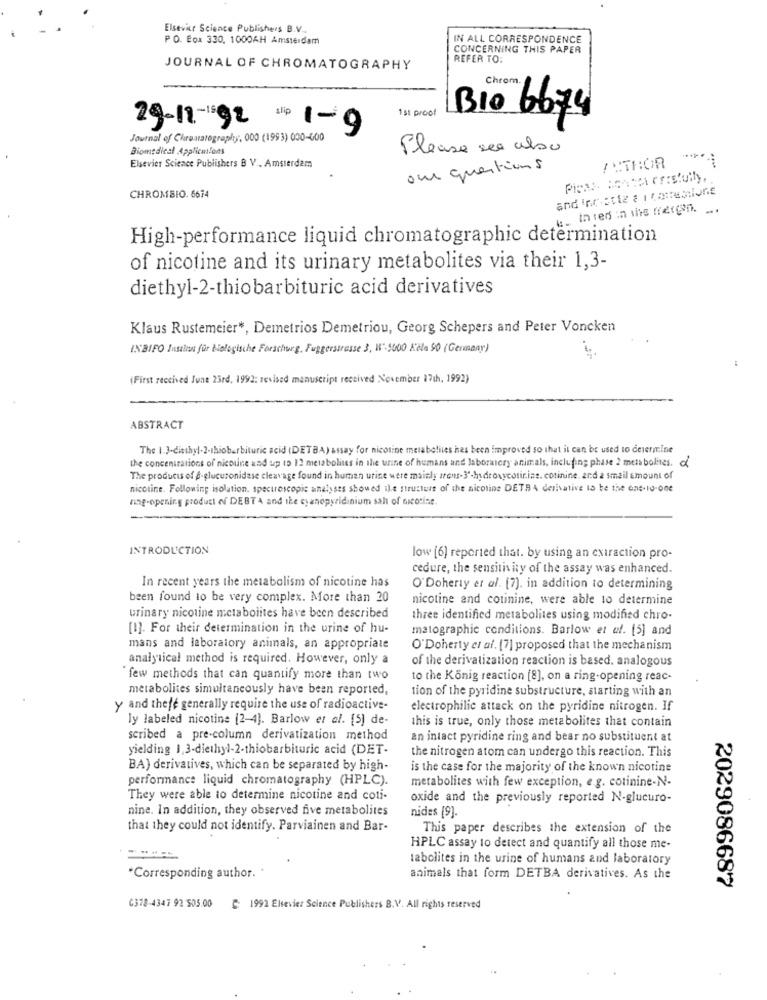
Elsevier Science Publishers B.V ..
PO. Box 330, 1000AH Amsterdam
IN ALL CORRESPONDENCE
CONCERNING THIS PAPER
REFER TO:
JOURNAL OF CHROMATOGRAPHY
Chrom.
1st proof
Bio 6674
29-11 - 1592
Slip 1-9
Journal of Chromatography, 000 (1993) 000-600
Biomedical Applications
Please see also
/ MTBOR
Elsevier Science Publishers B V .. Amsterdam
our questions
CHROMBIO. 6674
ost- Inter in the mergen. .
High-performance liquid chromatographic determination
of nicotine and its urinary metabolites via their 1,3-
diethyl-2-thiobarbituric acid derivatives
Klaus Rustemeier *, Demetrios Demetriou, Georg Schepers and Peter Voncken
INBIFO Institut für biologische Forschung, Fuggerstrasse 3, H"-5000 Kčla 90 (Germany)
(First received June 23rd, 1992: revised manuscript received November 17th, 1992)
ABSTRACT
The 1.3.diethyl.2-thiobarbituric acid (DETBA) assay for nicotine metabolites has been improved so that it can be used to determine
the concentrations of nicoline and up 19 12 metabolites in the urine of humans and laboratory animals, including phase 2 meta bolites. of
The products of @-glucuronidase cleavage found in human utine were mainly irons- 3'-hydroxycotirins. cotinine. and a small amount of
nicotine. Following isolation. spectroscopie analyses showed ile structure of the nicotine DETR A derivative to be the one-10-one
ning-opening product of DEBT A and the cyanopyridinium sall of nicotine.
--
INTRODUCTION
low [6] reported that. by using an extraction pro-
cedure, the sensitivity of the assay was enhanced.
In recent years the metabolism of nicotine has
O'Doherty et al. [7]. in addition to determining
been found to be very complex. More than 20
nicotine and cotinine, were able to determine
urinary nicotine metabolites have been described
three identified metabolites using modified chro-
[1]. For their determination in the urine of hu-
matographie conditions. Barlow et al. [5] and
mans and laboratory animals, an appropriate
O'Doherty et af. [7] proposed that the mechanism
analytical method is required. However, only a
of the derivatization reaction is based, analogous
"few methods that can quantify more than two
to the Konig reaction [8], on a ring-opening reac-
metabolites simultaneously have been reported,
tion of the pyridine substructure, starting with an
y and thefe generally require the use of radioactive-
electrophilic attack on the pyridine nitrogen. If
ly labeled nicotine [2-4]. Barlow et al. [5] de-
this is true, only those metabolites that contain
scribed a pre-column derivatization method
an intact pyridine ring and bear no substituent at
yielding 1,3-diethyl-2-thiobarbituric acid (DET-
the nitrogen atom can undergo this reaction. This
BA) derivatives, which can be separated by high-
is the case for the majority of the known nicotine
performance liquid chromatography (HPLC).
metabolites with few exception, e.g. cotinine-N-
They were able to determine nicotine and coti-
oxide and the previously reported N-glucuro-
nine. In addition, they observed five metabolites
nides [9].
that they could not identify. Parviainen and Bar-
This paper describes the extension of the
HPLC assay to detect and quantify all those me-
labolites in the urine of humans and laboratory
"Corresponding author. "
animals that form DETBA derivatives. As the
2029086687
6378-4347 92 505.00
1992 Elsevier Science Publishers B.V. All rights reserved